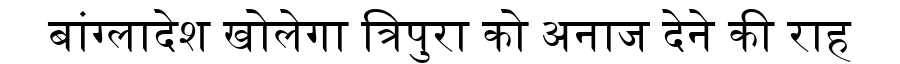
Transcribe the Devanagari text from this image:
बांग्लादेश खोलेगा त्रिपुरा को अनाज देने की राह